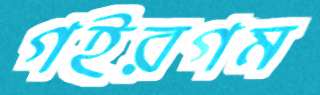
গইরগম